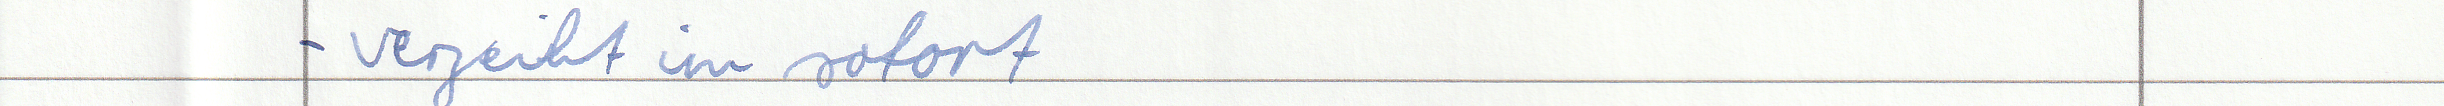
- verzeiht im sofort